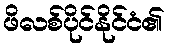
ဖိလစ်ပိုင်နိုင်ငံ၏